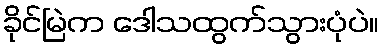
ခိုင်မြဲက ဒေါသထွက်သွားပုံပဲ။